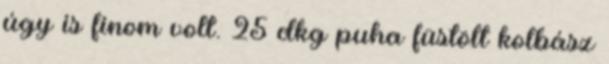
úgy is finom volt. 25 dkg puha füstölt kolbász